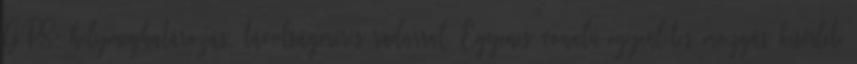
GPS; helymeghatározás, távolságmérés radarral. Egyenes vonalú egyenletes mozgás kísérleti